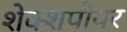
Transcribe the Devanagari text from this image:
शेक्शपीयर